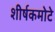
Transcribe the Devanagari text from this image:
शीर्षकमोटे